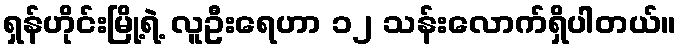
ရှန်ဟိုင်းမြို့ရဲ့ လူဦးရေဟာ ၁၂ သန်းလောက်ရှိပါတယ်။